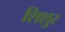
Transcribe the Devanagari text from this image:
शिशुर